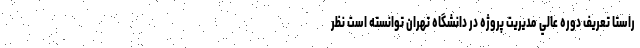
راستا تعريف دوره عالي مديريت پروژه در دانشگاه تهران توانسته است نظر